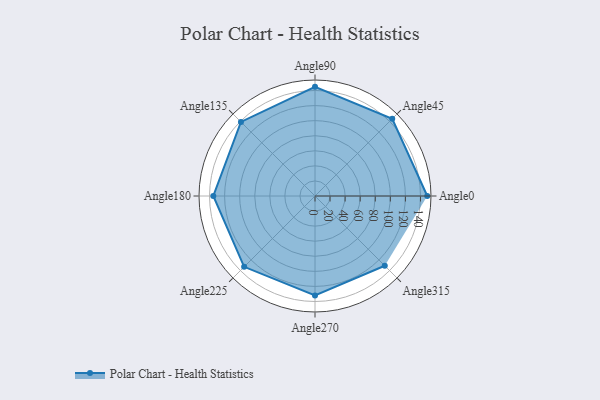
{"axis": {"x": "Angle", "y": "Radius"}, "legend": [""], "data": [{"x": "Angle0", "y": 149.0, "type": ""}, {"x": "Angle45", "y": 145.0, "type": ""}, {"x": "Angle90", "y": 145.0, "type": ""}, {"x": "Angle135", "y": 139.0, "type": ""}, {"x": "Angle180", "y": 135.0, "type": ""}, {"x": "Angle225", "y": 133.0, "type": ""}, {"x": "Angle270", "y": 132.0, "type": ""}, {"x": "Angle315", "y": 131.0, "type": ""}]}